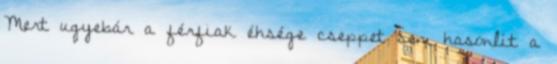
Mert ugyebár a férfiak éhsége cseppet sem hasonlít a